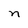
Character: n